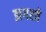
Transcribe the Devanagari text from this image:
झगरते